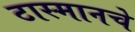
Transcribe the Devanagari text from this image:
टास्मानचे